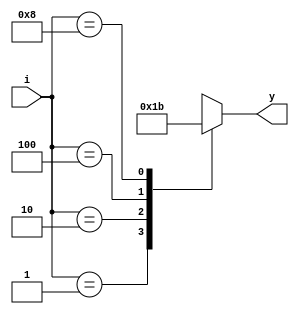
`timescale 1ns / 1ps
//////////////////////////////////////////////////////////////////////////////////
// Company: 
// Engineer: 
// 
// Design Name: 
// Module Name: Encoder_4_2
// Project Name: 
// Target Devices: 
// Tool Versions: 
// Description: 
// 
// Dependencies: 
// 
// Revision:
// Revision 0.01 - File Created
// Additional Comments:
// 
//////////////////////////////////////////////////////////////////////////////////


module Encoder_4_2(
input [3:0] i,
output reg [1:0] y
);

always@(i)
begin
case(i)
    1 : y = 0;
    2 : y = 1;
    4 : y = 2;
    8 : y = 3;
    default: y = 2'bxx;
endcase
end
endmodule